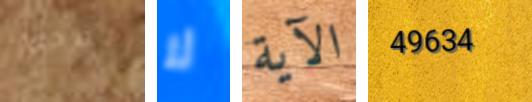
الفحم لا الآية 49634